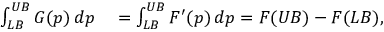
\begin{array} { r l } { \int _ { L B } ^ { U B } G ( p ) \, d p } & { { } = \int _ { L B } ^ { U B } F ^ { \prime } ( p ) \, d p = F ( U B ) - F ( L B ) , } \end{array}